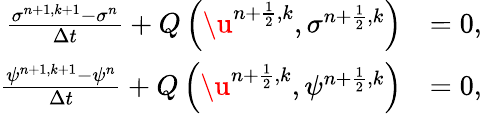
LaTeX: \begin{array}{rl}{\frac{\sigma^{n+1,k+1}-\sigma^{n}}{\Delta t}+Q\left(\u^{n+\frac{1}{2},k},\sigma^{n+\frac{1}{2},k}\right)}&{=0,}\\ {\frac{\psi^{n+1,k+1}-\psi^{n}}{\Delta t}+Q\left(\u^{n+\frac{1}{2},k},\psi^{n+\frac{1}{2},k}\right)}&{=0,}\end{array}